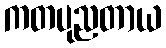
ကတပုညတာယ